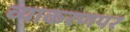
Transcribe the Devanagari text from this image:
व्याकरणपर